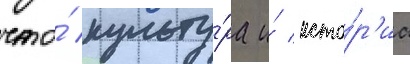
что́ культу́ра и́ исто́р'иа